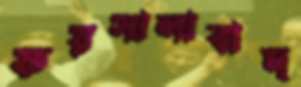
ফয়সালাবাদ